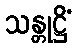
သန္တုဋ္ဌိံ